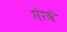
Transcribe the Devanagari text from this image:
येरवे